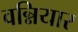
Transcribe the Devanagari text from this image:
वन्नियार